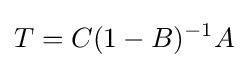
T=C(1-B)^{-1}A